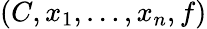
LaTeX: (C,x_{1},\ldots,x_{n},f)